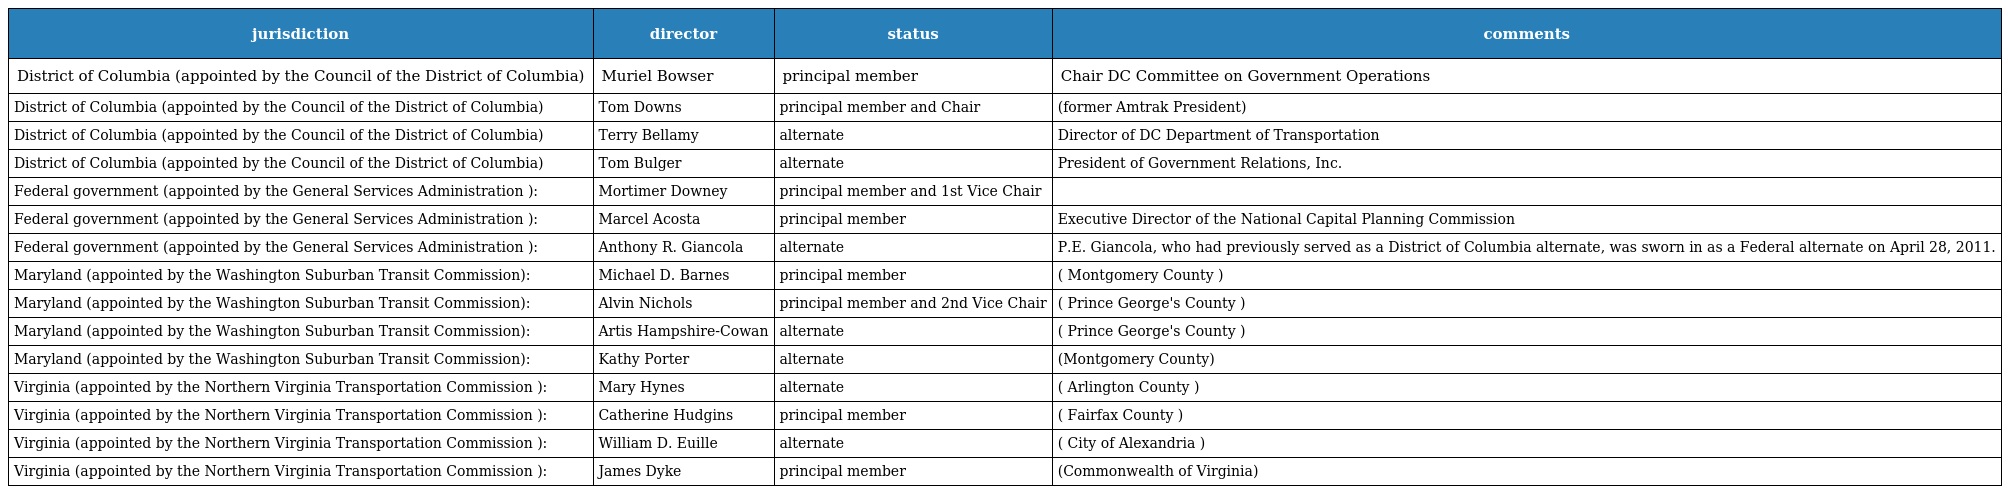
| jurisdiction | director | status | comments |
 | --- | --- | --- | --- |
 | District of Columbia (appointed by the Council of the District of Columbia) | Muriel Bowser | principal member | Chair DC Committee on Government Operations |
 | District of Columbia (appointed by the Council of the District of Columbia) | Tom Downs | principal member and Chair | (former Amtrak President) |
 | District of Columbia (appointed by the Council of the District of Columbia) | Terry Bellamy | alternate | Director of DC Department of Transportation |
 | District of Columbia (appointed by the Council of the District of Columbia) | Tom Bulger | alternate | President of Government Relations, Inc. |
 | Federal government (appointed by the General Services Administration ): | Mortimer Downey | principal member and 1st Vice Chair |  |
 | Federal government (appointed by the General Services Administration ): | Marcel Acosta | principal member | Executive Director of the National Capital Planning Commission |
 | Federal government (appointed by the General Services Administration ): | Anthony R. Giancola | alternate | P.E. Giancola, who had previously served as a District of Columbia alternate, was sworn in as a Federal alternate on April 28, 2011. |
 | Maryland (appointed by the Washington Suburban Transit Commission): | Michael D. Barnes | principal member | ( Montgomery County ) |
 | Maryland (appointed by the Washington Suburban Transit Commission): | Alvin Nichols | principal member and 2nd Vice Chair | ( Prince George's County ) |
 | Maryland (appointed by the Washington Suburban Transit Commission): | Artis Hampshire-Cowan | alternate | ( Prince George's County ) |
 | Maryland (appointed by the Washington Suburban Transit Commission): | Kathy Porter | alternate | (Montgomery County) |
 | Virginia (appointed by the Northern Virginia Transportation Commission ): | Mary Hynes | alternate | ( Arlington County ) |
 | Virginia (appointed by the Northern Virginia Transportation Commission ): | Catherine Hudgins | principal member | ( Fairfax County ) |
 | Virginia (appointed by the Northern Virginia Transportation Commission ): | William D. Euille | alternate | ( City of Alexandria ) |
 | Virginia (appointed by the Northern Virginia Transportation Commission ): | James Dyke | principal member | (Commonwealth of Virginia) |